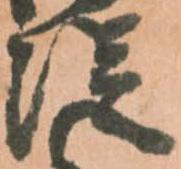
従